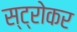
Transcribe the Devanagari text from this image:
स्ट्रोकर